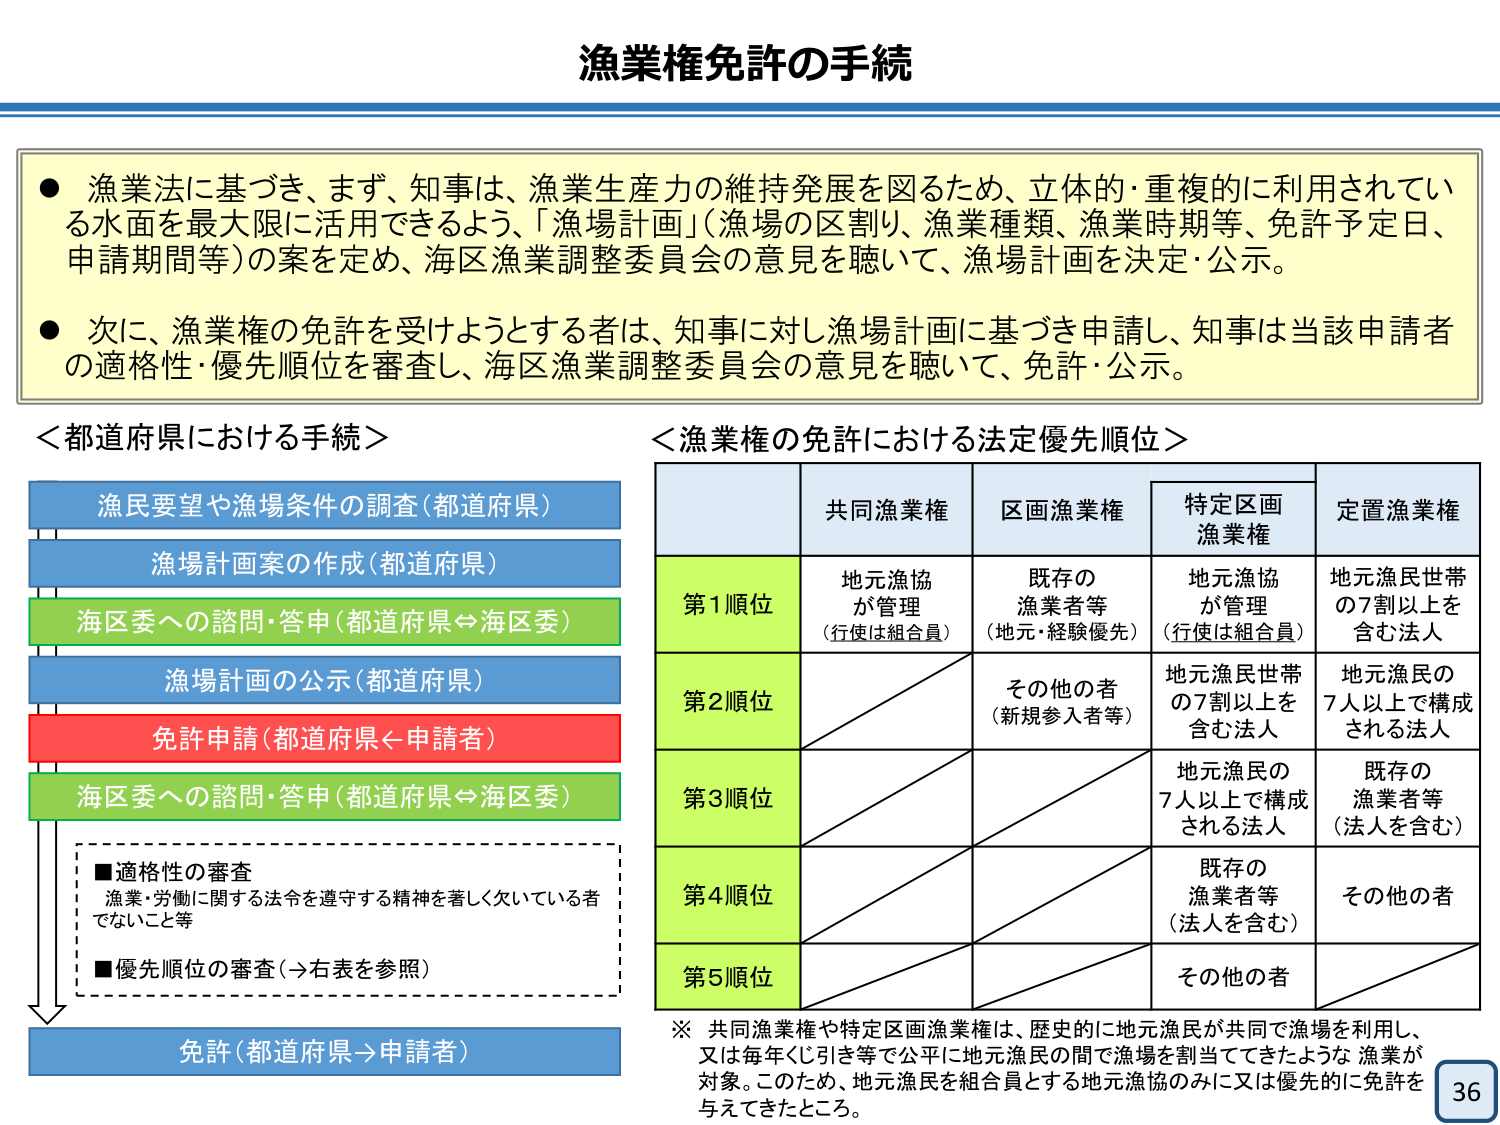
漁業権免許の手続

● 漁業法に基づき、まず、知事は、漁業生産力の維持発展を図るため、立体的・重複的に利用されている水面を最大限に活用できるよう、「漁場計画」（漁場の区割り、漁業種類、漁業時期等、免許予定日、申請期間等）の案を定め、海区漁業調整委員会の意見を聴いて、漁場計画を決定・公示。

● 次に、漁業権の免許を受けようとする者は、知事に対し漁場計画に基づき申請し、知事は当該申請者の適格性・優先順位を審査し、海区漁業調整委員会の意見を聴いて、免許・公示。

＜都道府県における手続＞
漁民要望や漁場条件の調査（都道府県）
漁場計画案の作成（都道府県）
海区委への諮問・答申（都道府県⇔海区委）
漁場計画の公示（都道府県）
免許申請（都道府県←申請者）
海区委への諮問・答申（都道府県⇔海区委）
　■適格性の審査
　　漁業・労働に関する法令を遵守する精神を著しく欠いている者でないこと等
　■優先順位の審査（→右表を参照）
免許（都道府県→申請者）

＜漁業権の免許における法定優先順位＞
　　　　　　　　共同漁業権　　　　区画漁業権　　　　特定区画漁業権　　　　定置漁業権
第1順位　　　　地元漁協が管理　　　既存の漁業者等　　　地元漁協が管理　　　地元漁民世帯の7割以上を含む法人
　　　　　　　　（行使は組合員）　　（地元・経験優先）　　（行使は組合員）
第2順位　　　　　　　　　　　　　　その他の者　　　　　地元漁民世帯の7割以上を含む法人　　　地元漁民の7人以上で構成される法人
　　　　　　　　　　　　　　　　　　（新規参入者等）
第3順位　　　　　　　　　　　　　　　　　　　　　　　　地元漁民の7人以上で構成される法人　　　既存の漁業者等（法人を含む）
第4順位　　　　　　　　　　　　　　　　　　　　　　　　既存の漁業者等（法人を含む）　　　　その他の者
第5順位　　　　　　　　　　　　　　　　　　　　　　　　その他の者

※ 共同漁業権や特定区画漁業権は、歴史的に地元漁民が共同で漁場を利用し、又は毎年くじ引き等で公平に地元漁民の間で漁場を割当ててきたような漁業が対象。このため、地元漁民を組合員とする地元漁協のみに又は優先的に免許を与えてきたところ。

36